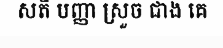
សតិ បញ្ញា ស្រួច ជាង គេ